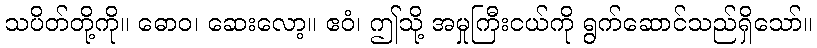
သပိတ်တို့ကို။ ဓောဝ၊ ဆေးလော့။ ဧဝံ၊ ဤသို့ အမှုကြီးငယ်ကို ရွက်ဆောင်သည်ရှိသော်။